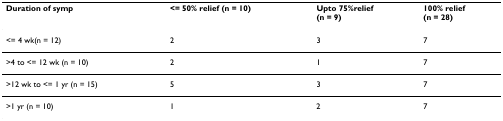
<table><thead><tr><td><b>Duration of symp</b></td><td><b>&lt;= 50% relief (n = 10)</b></td><td><b>Upto 75%relief(n = 9)</b></td><td><b>100% relief(n = 28)</b></td></tr></thead><tbody><tr><td>&lt;= 4 wk(n = 12)</td><td>2</td><td>3</td><td>7</td></tr><tr><td>&gt;4 to &lt;= 12 wk (n = 10)</td><td>2</td><td>1</td><td>7</td></tr><tr><td>&gt;12 wk to &lt;= 1 yr (n = 15)</td><td>5</td><td>3</td><td>7</td></tr><tr><td>&gt;1 yr (n = 10)</td><td>1</td><td>2</td><td>7</td></tr></tbody></table>